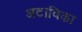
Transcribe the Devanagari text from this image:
अटाविका